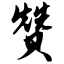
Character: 赞